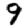
Digit: 9